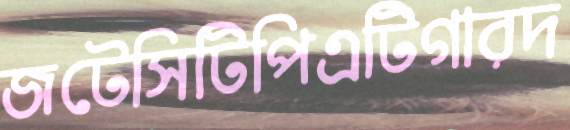
জটেসিটিপিএটিগারদ